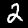
Label: 2